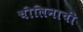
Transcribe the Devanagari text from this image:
चीलिनाची